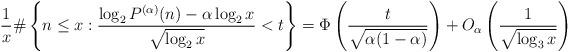
LaTeX: \begin{align*}\frac 1x \#\left\{n \le x: \frac {\log_2 P^{(\alpha)}(n)-\alpha\log_2 x}{\sqrt{\log_2 x}} < t\right\} = \Phi\left(\frac{t}{\sqrt{\alpha(1-\alpha)}}\right) + O_\alpha\left(\frac{1}{\sqrt{\log_3 x}}\right)\end{align*}